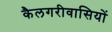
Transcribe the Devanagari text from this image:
कैलगरीवासियों